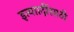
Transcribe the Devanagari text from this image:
इत्याादींसाठी